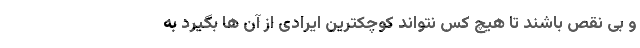
و بی نقص باشند تا هیچ کس نتواند کوچکترین ایرادی از آن ها بگیرد به